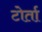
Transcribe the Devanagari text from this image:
टोर्ता